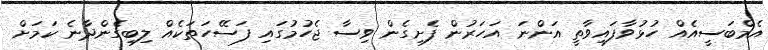
އެމްބަސީއެއް ހުޅުވާފައިވާތީ އަންނަ އަހަރުން ފެށިގެން ވިސާ ޖެހުމުގައި ފަސޭހަތަކެއް ލިިބިގެންދާނެ ކަމަށް